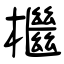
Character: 檵